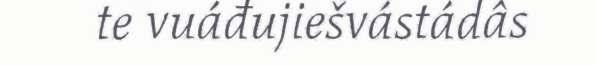
te vuáđujiešvástádâs